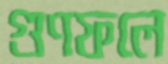
গুণফলে